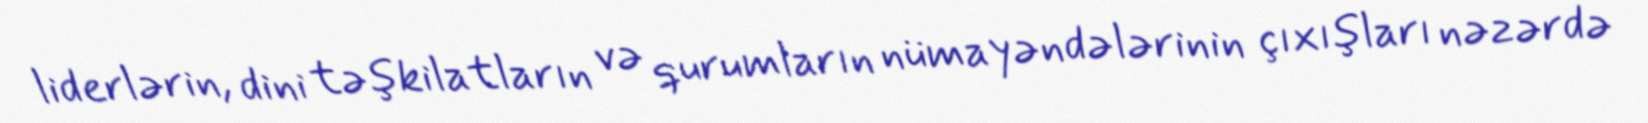
liderlərin, dini təşkilatların və qurumların nümayəndələrinin çıxışları nəzərdə